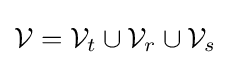
{\mathcal {V}}={\mathcal {V}}_{t}\cup {\mathcal {V}}_{r}\cup {\mathcal {V}}_{s}